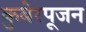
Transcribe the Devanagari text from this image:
कुबेरपूजन